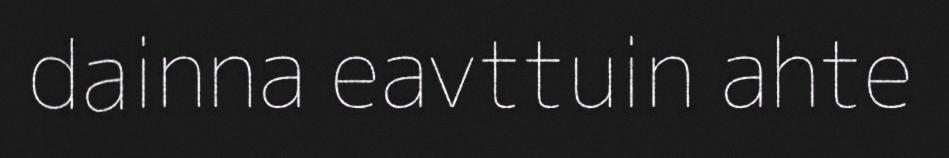
dainna eavttuin ahte